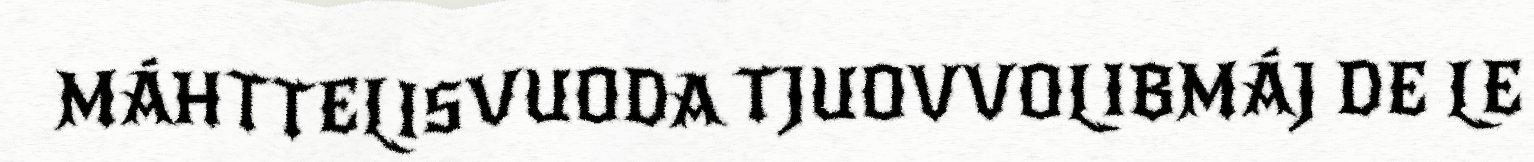
MÁHTTELISVUODA TJUOVVOLIBMÁJ DE LE